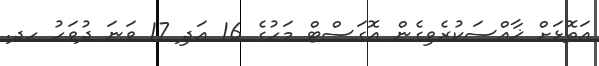
އަތޮޅަށް ޚާއްސަކުރެވިގެން އޮގަސްޓް މަހުގެ 16 އަދި 17 ވަނަ ދުވަހު ހދ.